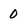
Character: 0